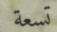
تسعة